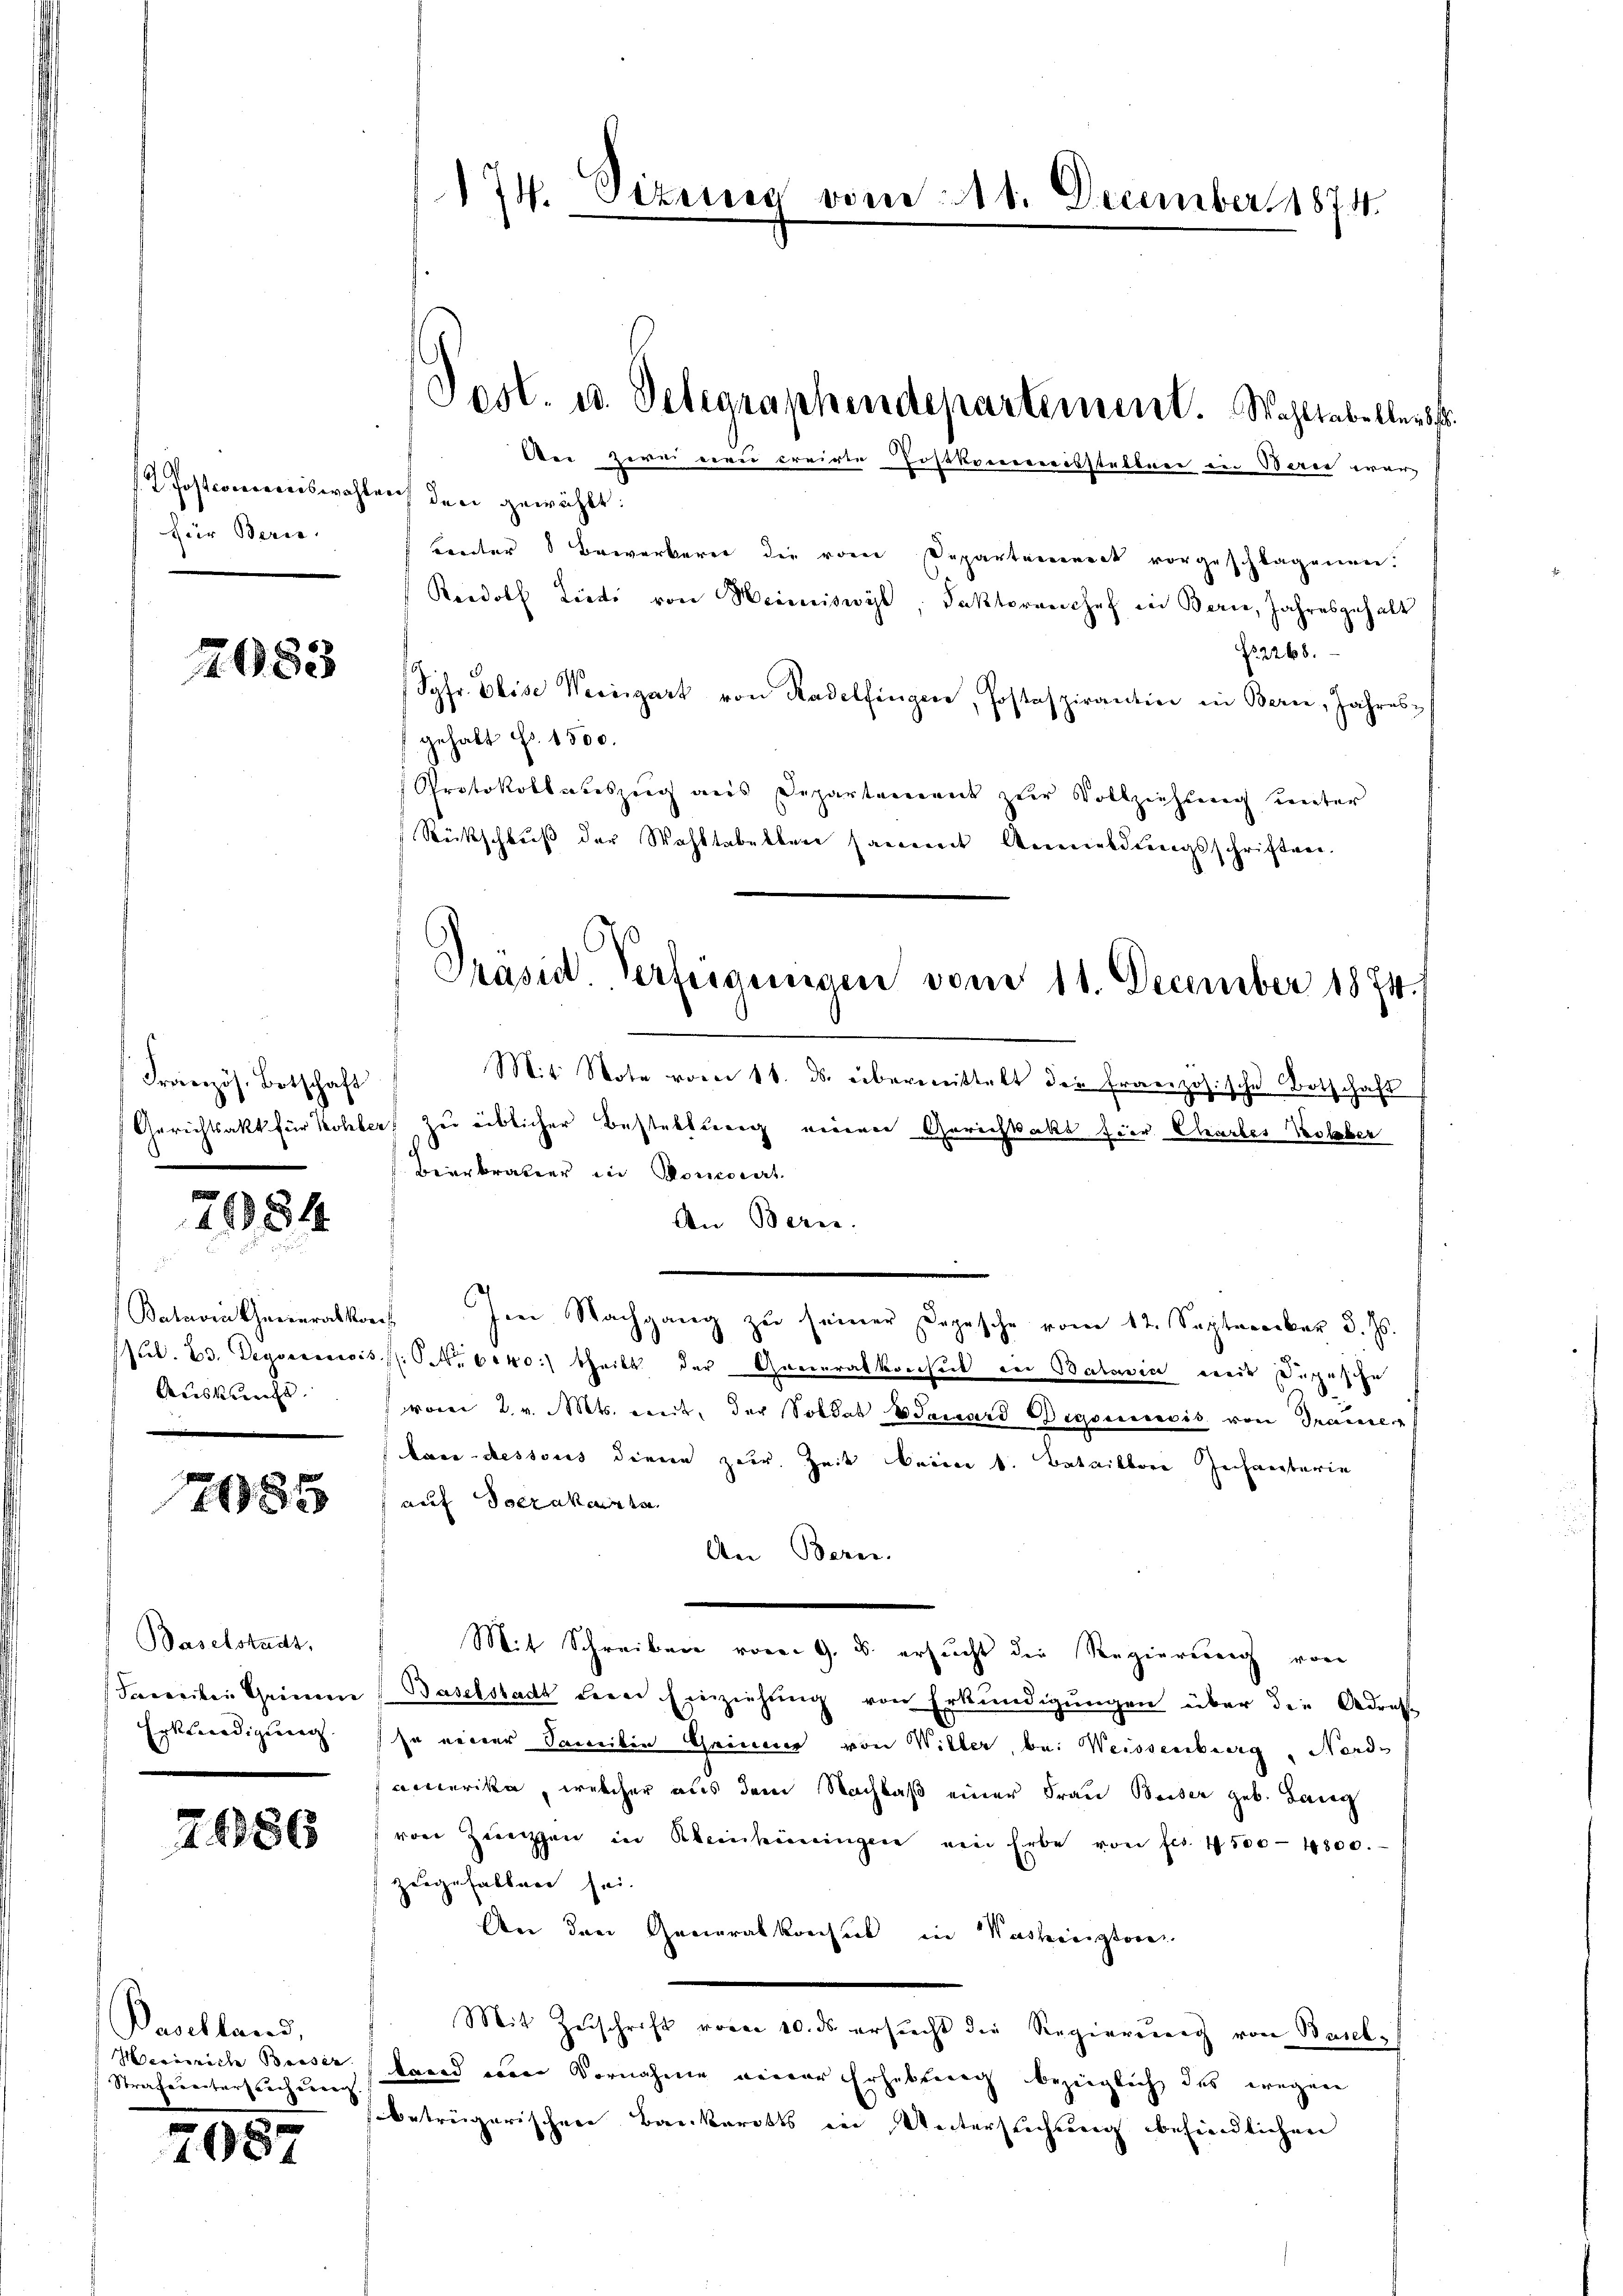
Postcommiswahlen der gewählt:
für Beri

7.683

Französ. Botschaft
d

7084

Batavia Generalkor
Pub. 23. Degserweis
Auskunft.

785

Baselstadt,
Familie Grimm
Erkenedigung

7686

Baselland,
Meeinrich Beiser
Strafereiterzeicherren

708.

174. Sizung vom 11. December 1874.

Lnter Bewerkern die vom Departemenack vorgeschlagenen.
Rordolf Dieti von Heimiswyl, Faktoranchef in Bern, Jahresgehalt
No. 2268.
Syfr. Elise Verzigart von Radelfingen, Postaspirantin in Bern, Jahres-
gehabt Fr. 1500.
Protokollauszug aus Departement zŭr Vollziehung unter
Rückschluß der Wohltabellen sammt Anmeldungsschriften.
Mit Note vom 11. ds. übermittelt die französische Botschaft
Gerichtsakt für Kohler zu üblicher Bestellung vieren Gerichtsakt fier Cartes Kolber
Bierbrater in Poniert.
An Bern.
 Im Nachgang zŭ seiner Depesche vom 12. September 3. Js.
NNo. 6040.) theils der Generalkonsul in Batavia weite Depesche
vorei 2. v. Mts. mit, der Soldat Bauard Begonnecis von Trauner
kara-dessous diene zur Zeit beim k. Batailbere Zeichneeberie
auf Socrakarta
An Bern.
Mit Schreiben vor. G. B. ersucht die Regierung von
Baselstadt derer Einziehung von Erkundigungen über die Adress
so neuer Soweiten Generer von Willer, bei Weissenberg, Nords
aeccerika, welcher aus dem Nachlaß einer Frau Beiser geb. Lang
von Zügen in Kleinküningen ein Erbe von fl. 4500-4800.
zeugefallen sei.
An den Generalkonsul in Washinistere
Mit Zuschrift voren 10. ds ersucht die Regierung von Baselbannd einen Vornahme meiner Erhebung bezüglich das wegen
betrügerischen Bankerotts in Untersuchung befindlichen

Post. u. Telegraphendepartement. Wohltabeller
Der Zwei neu creirte Postkorrereisstelbare in Bern war

Präsid. Verfügungen vom 11. December 1874.